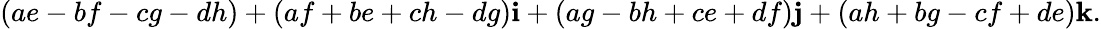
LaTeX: (ae-bf-cg-dh)+(af+be+ch-dg)\mathbf{i}+(ag-bh+ce+df)\mathbf{j}+(ah+bg-cf+de)\mathbf{k}.